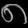
Digit: ၈